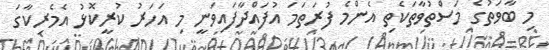
މި ބާވަތުގެ މަސްތުވާތަކެތި އެންމެ ފުރަތަމަ އުފައްދާފައިވަނީ މި އަހަރު ކުރީކޮޅު އެމެރިކާގަ